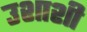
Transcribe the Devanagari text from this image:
उशाशी